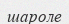
шароле